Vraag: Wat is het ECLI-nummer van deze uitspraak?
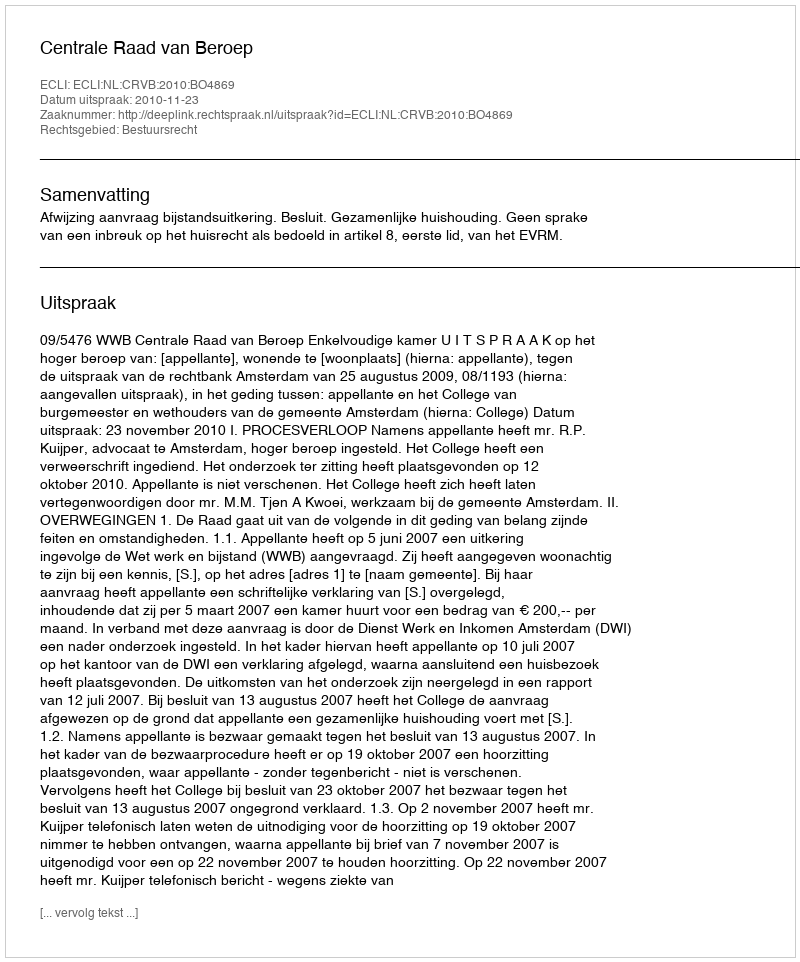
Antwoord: ECLI:NL:CRVB:2010:BO4869